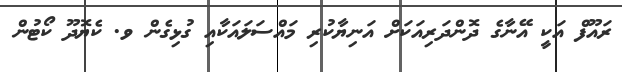
ރައޫފް އަކީ އޭނާގެ ދޮންދަރިއަކަށް އަނިޔާކުރި މައްސަލައަކާއި ގުޅިގެން ވ. ކެޔޮދޫ ކޯޓުން